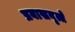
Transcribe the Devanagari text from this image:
प्रवासवृत्ते